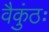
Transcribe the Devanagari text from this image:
वैकुंठः